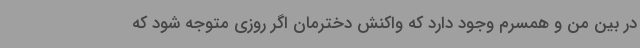
در بین من و همسرم وجود دارد که واکنش دخترمان اگر روزی متوجه شود که